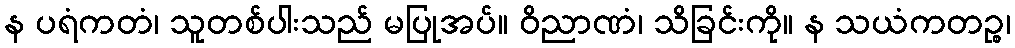
န ပရံကတံ၊ သူတစ်ပါးသည် မပြုအပ်။ ဝိညာဏံ၊ သိခြင်းကို။ န သယံကတဉ္စ၊